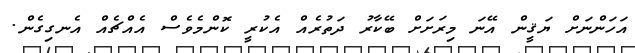
އަހަންނަށް ޔަޤީން އޭނަ މިރަށަށް ބޭކާރު ދަތުރެއް އެކުރީ ކޮންމެވެސް އެއްޗެއް އެނގިގެން.